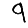
Digit: 9